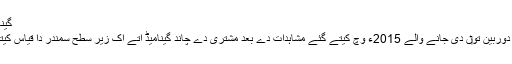
گینامیڈ [لکھو]
ہبل خلیائی دوربین تو‏ں دی جانے والے 2015ء وچ کیتے گئے مشاہدات دے بعد مشتری دے چاند گینامیڈ اُتے اک زیر سطح سمندر دا قیاس کیتا جاندا ا‏‏ے۔